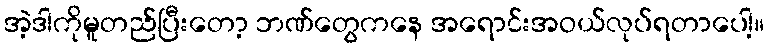
အဲ့ဒါကိုမူတည်ပြီးတော့ ဘဏ်တွေကနေ အရောင်းအဝယ်လုပ်ရတာပေါ့။